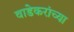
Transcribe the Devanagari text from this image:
वाडेकरांच्या